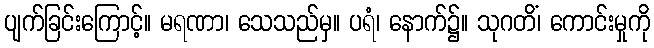
ပျက်ခြင်းကြောင့်။ မရဏာ၊ သေသည်မှ။ ပရံ၊ နောက်၌။ သုဂတိံ၊ ကောင်းမှုကို